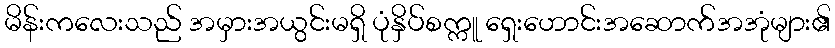
မိန်းကလေးသည် အမှားအယွင်းမရှိ ပုံနှိပ်စက္ကူ ရှေးဟောင်းအဆောက်အအုံများ၏